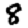
Digit: 8